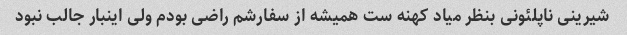
شیرینی ناپلئونی بنظر میاد کهنه ست همیشه از سفارشم راضی بودم ولی اینبار جالب نبود